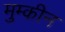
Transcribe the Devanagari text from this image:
मुम्कीन